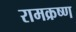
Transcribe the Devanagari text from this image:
रामक्रष्ण